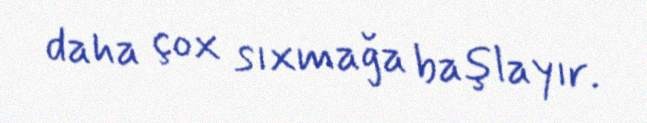
daha çox sıxmağa başlayır.